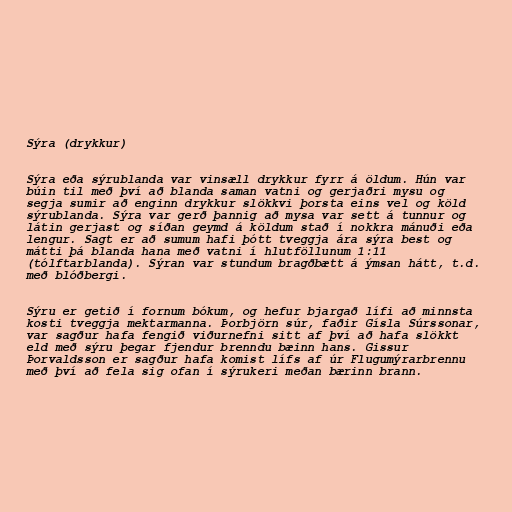
Sýra (drykkur)

Sýra eða sýrublanda var vinsæll drykkur fyrr á öldum. Hún var
búin til með því að blanda saman vatni og gerjaðri mysu og
segja sumir að enginn drykkur slökkvi þorsta eins vel og köld
sýrublanda. Sýra var gerð þannig að mysa var sett á tunnur og
látin gerjast og síðan geymd á köldum stað í nokkra mánuði eða
lengur. Sagt er að sumum hafi þótt tveggja ára sýra best og
mátti þá blanda hana með vatni í hlutföllunum 1:11
(tólftarblanda). Sýran var stundum bragðbætt á ýmsan hátt, t.d.
með blóðbergi.

Sýru er getið í fornum bókum, og hefur bjargað lífi að minnsta
kosti tveggja mektarmanna. Þorbjörn súr, faðir Gísla Súrssonar,
var sagður hafa fengið viðurnefni sitt af því að hafa slökkt
eld með sýru þegar fjendur brenndu bæinn hans. Gissur
Þorvaldsson er sagður hafa komist lífs af úr Flugumýrarbrennu
með því að fela sig ofan í sýrukeri meðan bærinn brann.